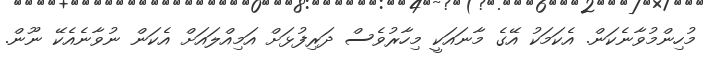
މުހިންމުވާނެކަން. އެކަމަކު އޭގެ މާނައަކީ މިހާރުވެސް ދަރިފުޅަށް އަމިއްލައަށް އެކަން ނުވާނެއެކޭ ނޫން.